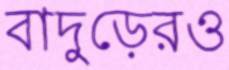
বাদুড়েরও